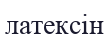
латексін